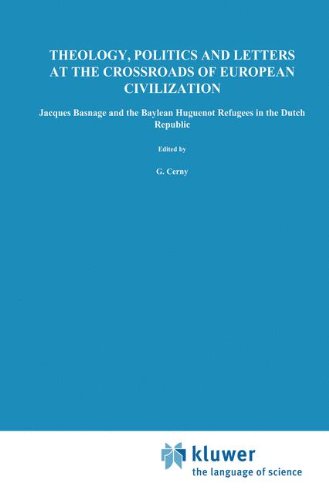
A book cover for Theology, Politics and Letters at the Crossroads of European Civilization: Jacques Basnage and the Baylean Huguenot Refugees in the Dutch Republic (International Archives of the History of Ideas, 107); Gerald Cerny; History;